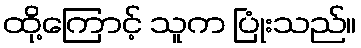
ထို့ကြောင့် သူက ပြုံးသည်။